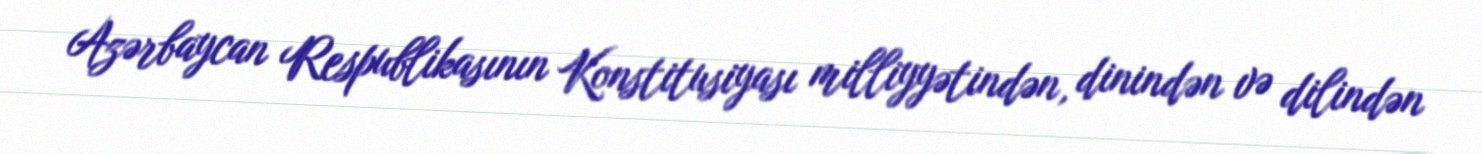
Azərbaycan Respublikasının Konstitusiyası milliyyətindən, dinindən və dilindən